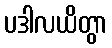
ပဒါလယိတွာ